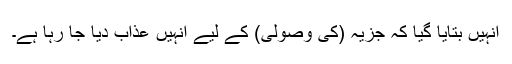
انہیں بتایا گیا کہ جزیہ (کی وصولی) کے لیے انہیں عذاب دیا جا رہا ہے۔